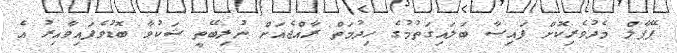
ޕޭޕާލް މެދުވެރިކޮށް ފައިސާ ބަލައިގަތުމުގެ ހިދުުމަތް ރާއްޖެއަށް ނުލިބޭތީ ޝަކުވާ ބޮޑުވެފައިވާއިރު އެ